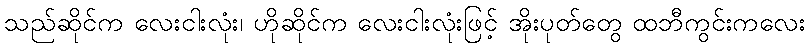
သည်ဆိုင်က လေးငါးလုံး၊ ဟိုဆိုင်က လေးငါးလုံးဖြင့် အိုးပုတ်တွေ ထဘီကွင်းကလေး